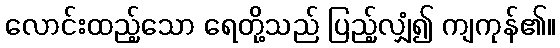
လောင်းထည့်သော ရေတို့သည် ပြည့်လျှံ၍ ကျကုန်၏။